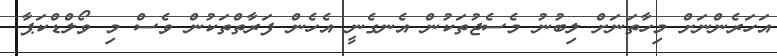
އަހަރެންނަށް މިހާތަނަށް ލިބުނު މެސެޖުތަކުން އެނގެނީ އެހެން ފަރާތްތަކުން ވެސް މި ވޯލްޑްކަޕާ